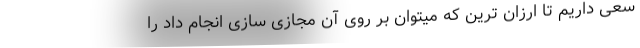
سعی داریم تا ارزان ترین که میتوان بر روی آن مجازی سازی انجام داد را